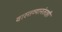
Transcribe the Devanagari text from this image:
वास्तव्यानंतरही